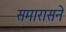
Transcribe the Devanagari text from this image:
समारासने